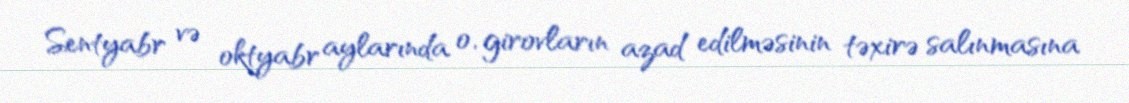
Sentyabr və oktyabr aylarında o, girovların azad edilməsinin təxirə salınmasına